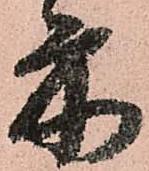
前